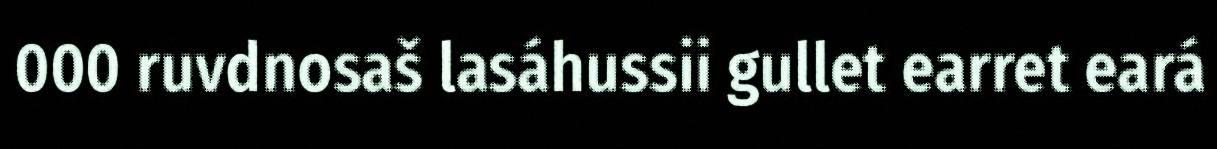
000 ruvdnosaš lasáhussii gullet earret eará